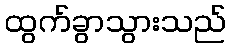
ထွက်ခွာသွားသည်